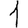
Digit: 1